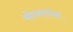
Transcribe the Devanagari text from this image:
कोयावंश